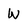
Character: W